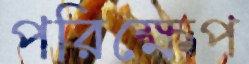
পরিক্ষেপ